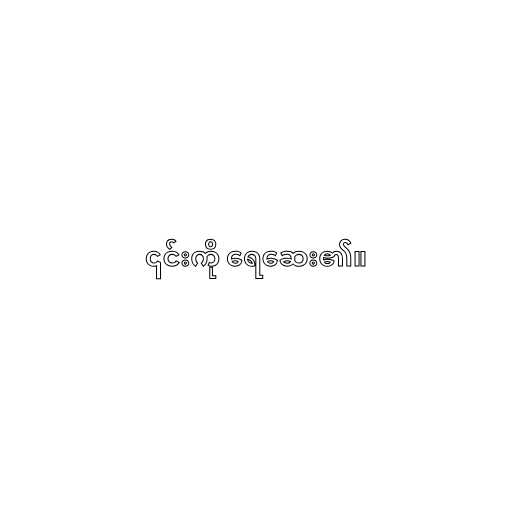
၎င်းကို ရေဆေး၏။